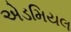
એડમિયલ